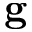
\mathbf { g }